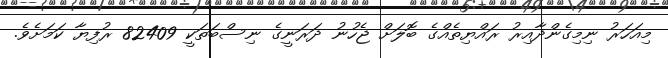
މިއަހަރު ނިމިގެންދާއިރު ރައްޔިތެއްގެ ބޮލަށް ޖެހުނު ދަރަނީގެ ނިސްބަތަކީ 82409 ރުފިޔާ ކަމަށެވެ.